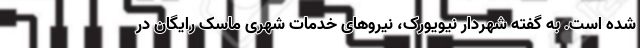
شده است. به گفته شهردار نیویورک، نیروهای خدمات شهری ماسک رایگان در